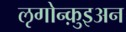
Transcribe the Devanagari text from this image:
ऌगोन्क़ुइअन